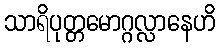
သာရိပုတ္တမောဂ္ဂလ္လာနေဟိ